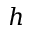
h